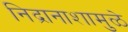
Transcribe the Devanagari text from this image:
निद्रानाशामुळे